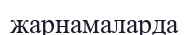
жарнамаларда